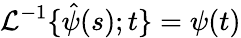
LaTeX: {\cal{L}}^{-1}\{ \hat{\psi}(s);t\} =\psi(t)